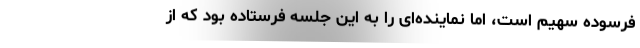
فرسوده سهیم است، اما نماینده‌ای را به این جلسه فرستاده بود که از